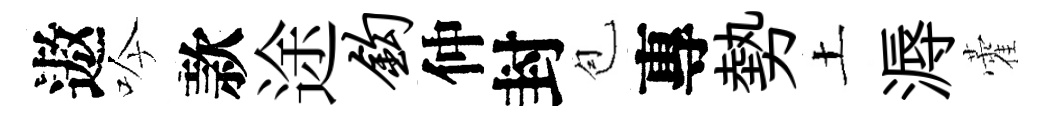
遨吟款途钩仲封苞專勢土溽藿